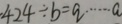
4 2 4 \div b = q \cdots a